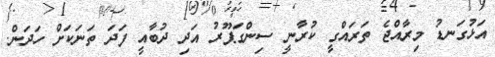
އަޅުގަނޑު މިރާއްޖެ ތަރައްގީ ކުރާނީ ސިންގަޕޫރު އަދި ދުބާއީ ފަދަ ތަނަކަށް ހަދަން.